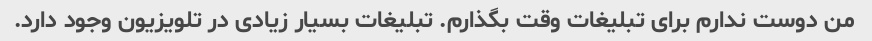
من دوست ندارم برای تبلیغات وقت بگذارم. تبلیغات بسیار زیادی در تلویزیون وجود دارد.